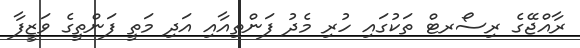
ރާއްޖޭގެ ރިސޯރޓް ތަކުގައި ހުރި މެދު ފަންތިއާއި އަދި މަތީ ފަންތީގެ ވަޒީފާ